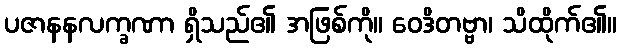
ပဇာနနလက္ခဏာ ရှိသည်၏ အဖြစ်ကို။ ဝေဒိတဗ္ဗာ၊ သိထိုက်၏။